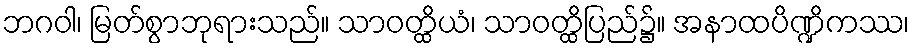
ဘဂဝါ၊ မြတ်စွာဘုရားသည်။ သာဝတ္ထိယံ၊ သာဝတ္ထိပြည်၌။ အနာထပိဏ္ဍိကဿ၊